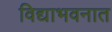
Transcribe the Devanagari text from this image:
विद्याभवनात